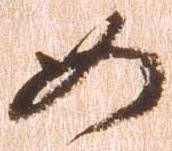
如